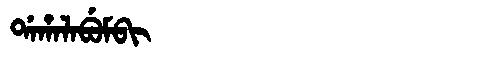
Manchu: ᡩᠠᡥᠠᠯᠠᠪᡠᠮᠪᡳ
Romanization: DAHALABUMBI